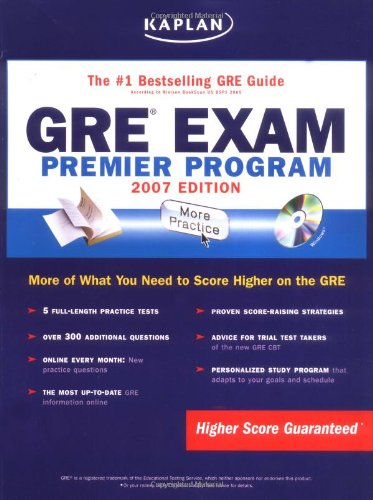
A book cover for Kaplan GRE Exam, 2007 Edition: Premier Program (Kaplan GRE Premier Program (W/CD)); Kaplan; Test Preparation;